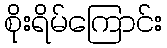
စိုးရိမ်ကြောင်း